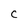
Character: C